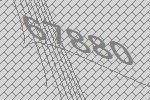
67880